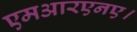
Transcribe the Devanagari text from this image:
एमआरएनए।